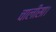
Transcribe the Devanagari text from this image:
चालीसा।